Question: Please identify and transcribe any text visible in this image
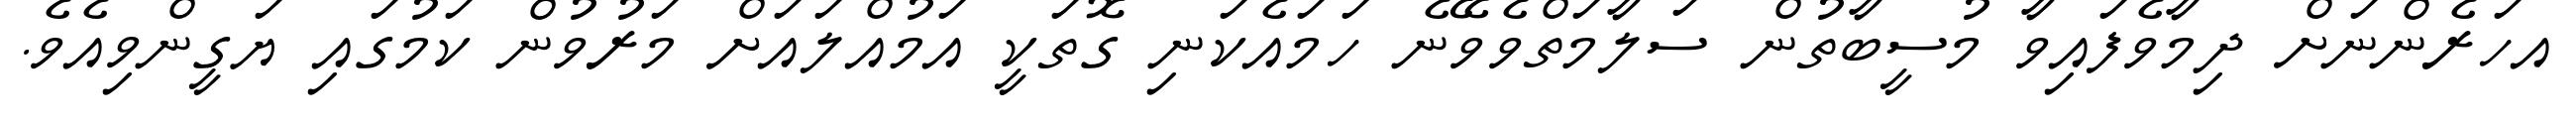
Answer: އހަރެންނަށް ދިމާވެފައިވާ މުސީބާތުން ސަލާމަތްވެވޭނެ ހަމައެކަނި ގޮތަކީ އަމުއްލައަށް މަރުވުން ކަމުގައި ޔަގީންވިއެވެ.